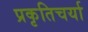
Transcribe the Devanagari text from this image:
प्रकृतिचर्या